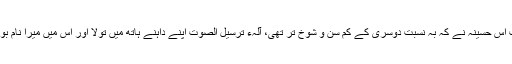
تب اُس حسینہ نے کہ بہ نسبت دوسری کے کم سن و شوخ تر تھی، آلہء ترسیل الصوت اپنے داہنے ہاتھ میں تولا اور اُس میں میرا نام بولا۔